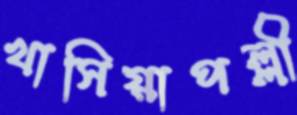
খাসিয়াপল্লী